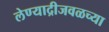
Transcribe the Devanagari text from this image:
लेण्याद्रीजवळच्या